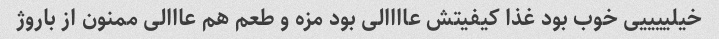
خیلییییی خوب بود غذا کیفیتش عاااالی بود مزه و طعم هم عااالی ممنون از باروژ